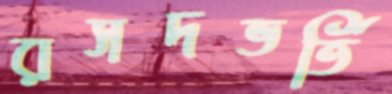
রসদভর্তি